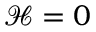
\mathcal { H } = 0